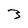
Character: 3